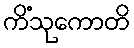
ကိံသုကောတိ